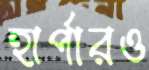
হার্পারও